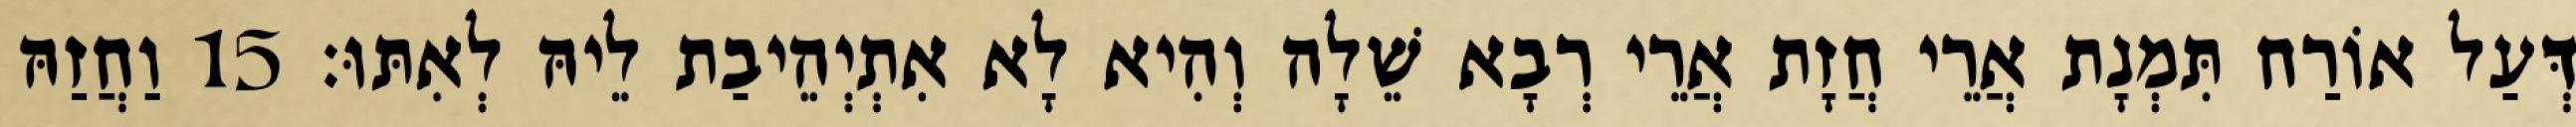
דְּעַל אוֹרַח תִּמְנָת אֲרֵי חֲזָת אֲרֵי רְבָא שֵׁלָה וְהִיא לָא אִתְיְהֵיבַת לֵיהּ לְאִתּוּ׃ 15 וַחֲזַהּ